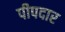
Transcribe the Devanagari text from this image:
पीपदार